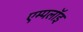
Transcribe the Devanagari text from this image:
एम्पलॉइ